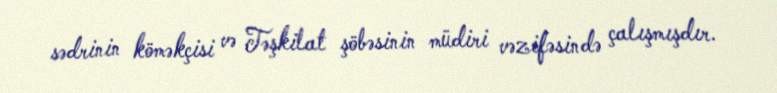
sədrinin köməkçisi və Təşkilat şöbəsinin müdiri vəzifəsində çalışmışdır.